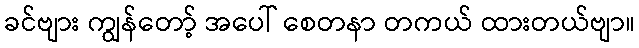
ခင်ဗျား ကျွန်တော့် အပေါ် စေတနာ တကယ် ထားတယ်ဗျာ။